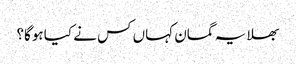
بھلا یہ گمان کہاں کس نے کیا ہوگا؟